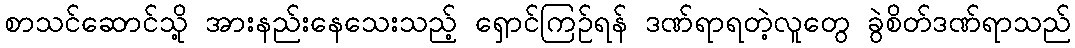
စာသင်ဆောင်သို့ အားနည်းနေသေးသည့် ရှောင်ကြဉ်ရန် ဒဏ်ရာရတဲ့လူတွေ ခွဲစိတ်ဒဏ်ရာသည်